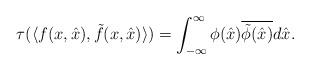
LaTeX: \begin{align*}\tau(\langle f(x,\hat{x}),\tilde{f}(x,\hat{x})\rangle)=\int_{-\infty}^\infty\phi(\hat{x})\overline{\tilde{\phi}(\hat{x})}d\hat{x}.\end{align*}